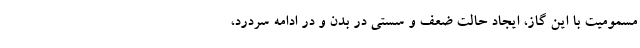
مسمومیت با این گاز، ایجاد حالت ضعف و سستی در بدن و در ادامه سردرد،